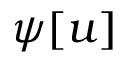
\psi [ u ]